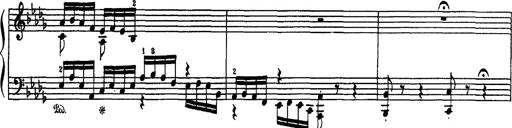
Title: Fantaisie sur des motifs favoris de l'opÃ©ra 'La sonnambula'
Composer: Franz Liszt